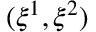
( \xi ^ { 1 } , \xi ^ { 2 } )